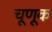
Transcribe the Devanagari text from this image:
चूणूक